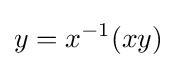
y=x^{-1}(xy)